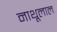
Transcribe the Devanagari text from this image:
नाथूलाल